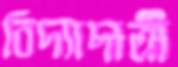
বিদ্যাদাত্রী